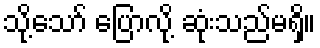
သို့သော် ပြောလို့ ဆုံးသည်မရှိ။